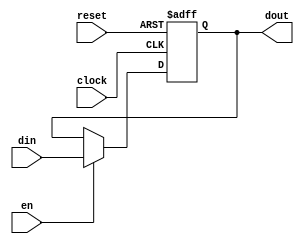
module dff(input din , input en , input clock , input reset , output reg   dout);
always @(posedge clock ,posedge reset)
begin
    if(reset)
        dout<=0;
    else if(en==1)
        dout<=din;
end

endmodule

`timescale  1ns/1ps


module dff_tb();
reg din;
reg  en;
reg clk;
reg reset;
wire  dout;

dff dip(din,en,clk,reset,dout);


always begin
    clk=~clk;
    #10;
end

initial begin
$dumpfile("test.vcd");
$dumpvars(0,dff_tb);
  
  /* clk <= 0;
    reset <= 1;
    en <= 0;
    din <= 0;
            #20;
    reset <= 0;
    en <= 1;
    din <= 1;
            #20;
   
   
   */ clk<=0;
    reset<=1;en<=1;din<=1; #20;
    reset<=1;en<=1;din<=0; #20;
    reset<=1;en<=0;din<=1; #20;
    reset<=1;en<=0;din<=0; #20;
    reset<=0;en<=1;din<=1; #20;
    reset<=0;en<=1;din<=0; #20;
    reset<=0;en<=0;din<=1; #20;
    reset<=0;en<=0;din<=0; #20;
   
    
     $finish;
end

initial begin

    $monitor("clk=%b re=%b en=%b   din=%b   dout=%b\n ",clk,reset,en,din,dout);
end


endmodule